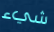
شيء